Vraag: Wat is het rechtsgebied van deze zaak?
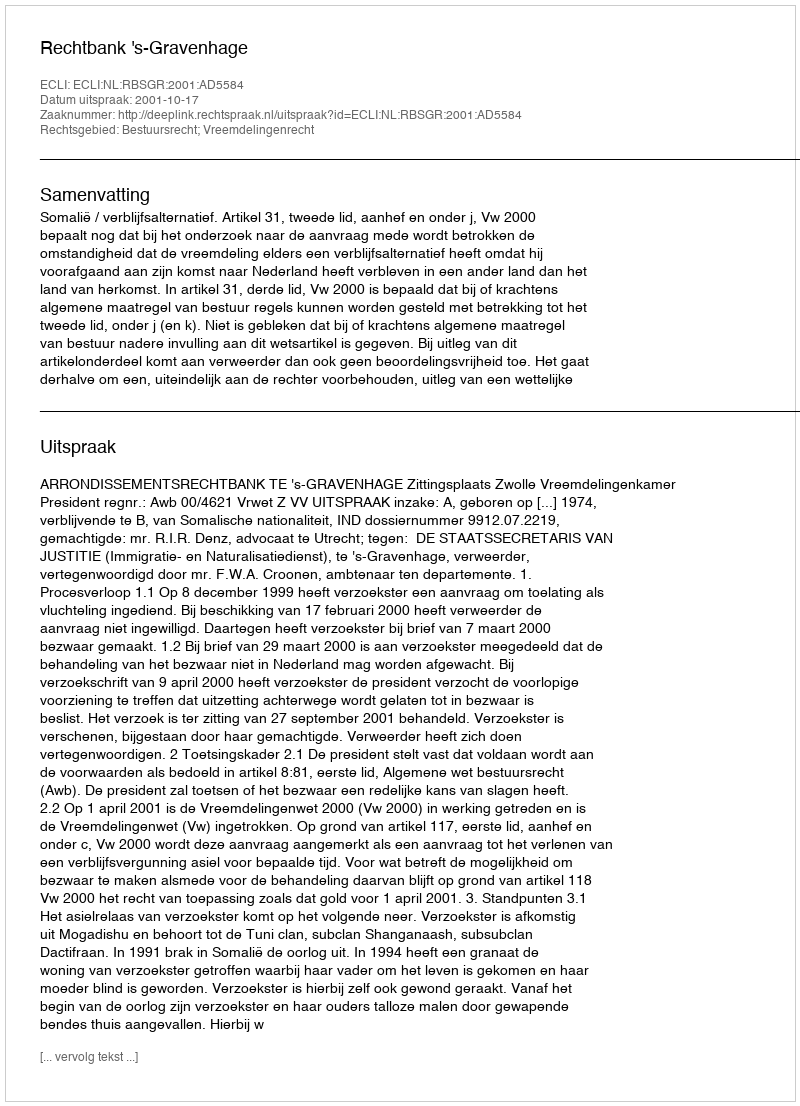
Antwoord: Bestuursrecht; Vreemdelingenrecht